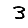
Digit: 3